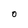
Character: 0